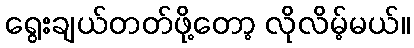
ရွေးချယ်တတ်ဖို့တော့ လိုလိမ့်မယ်။